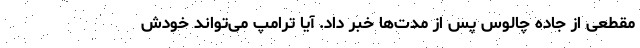
مقطعی از جاده چالوس پس از مدت‌ها خبر داد. آیا ترامپ می‌تواند خودش